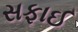
સફાઈ